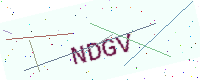
Text: NDGV